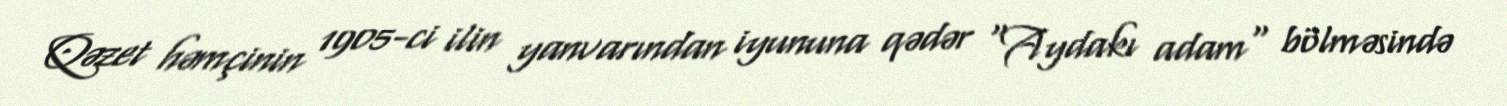
Qəzet həmçinin 1905-ci ilin yanvarından iyununa qədər "Aydakı adam" bölməsində